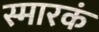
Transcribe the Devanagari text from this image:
स्मारकं